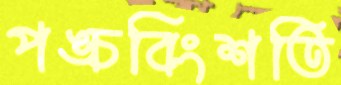
পঙ্চবিংশতি